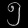
Digit: ၅